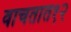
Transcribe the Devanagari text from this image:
वाचतात१२